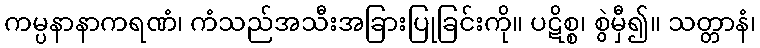
ကမ္ပနာနာကရဏံ၊ ကံသည်အသီးအခြားပြုခြင်းကို။ ပဋိစ္စ၊ စွဲမှီ၍။ သတ္တာနံ၊